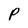
Character: P